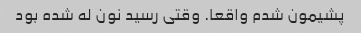
پشیمون شدم واقعا. وقتی رسید نون له شده بود